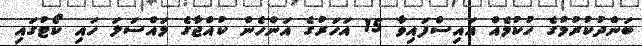
ބަންދުކުރުމުގެ ހުކުމެއް އައިސްފައިވާ 15 އަހަރުގެ އަންހެން ކުއްޖާގެ މައްސަލަ ހައި ކޯޓުގައި